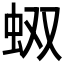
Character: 𧉐